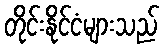
တိုင်းနိုင်ငံများသည်